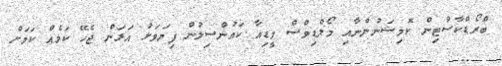
ބްރޯޑްކާސްޓިން ކޮމިޝަނުންނާއި މޯލްޑިވްސް މީޑިއާ ކައުންސިލުން ފިޔަވަޅު އަޅަން ޖެހޭ ކަމެއް ކަމަށް